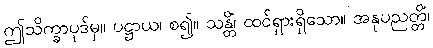
ဤသိက္ခာပုဒ်မှ။ ပဋ္ဌာယ၊ စ၍။ သန္တိံ၊ ထင်ရှားရှိသော။ အနုပညတ္တိံ၊